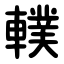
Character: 轐